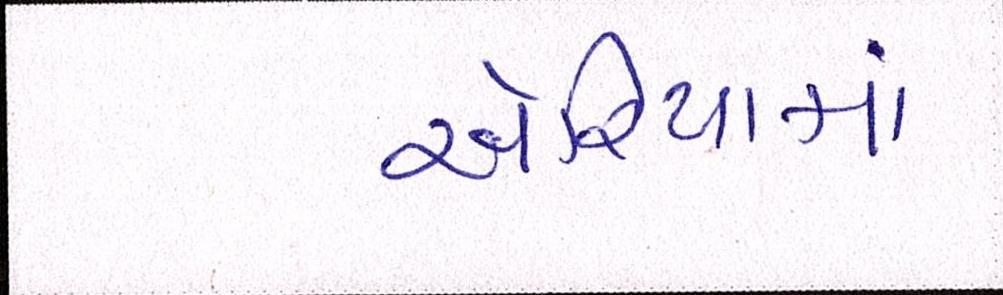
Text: એરિયામાં